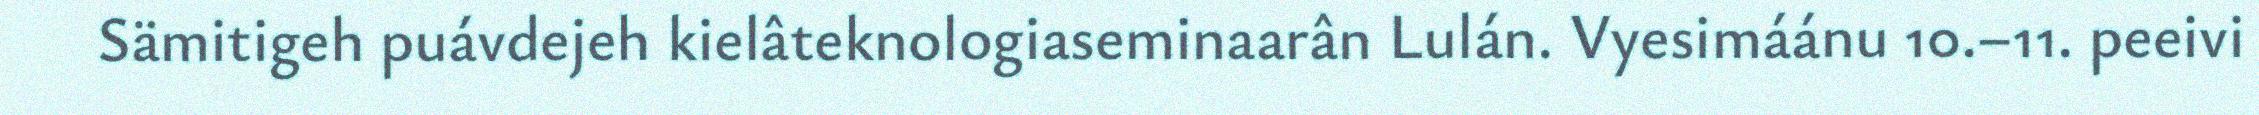
Sämitigeh puávdejeh kielâteknologiaseminaarân Lulán. Vyesimáánu 10.–11. peeivi